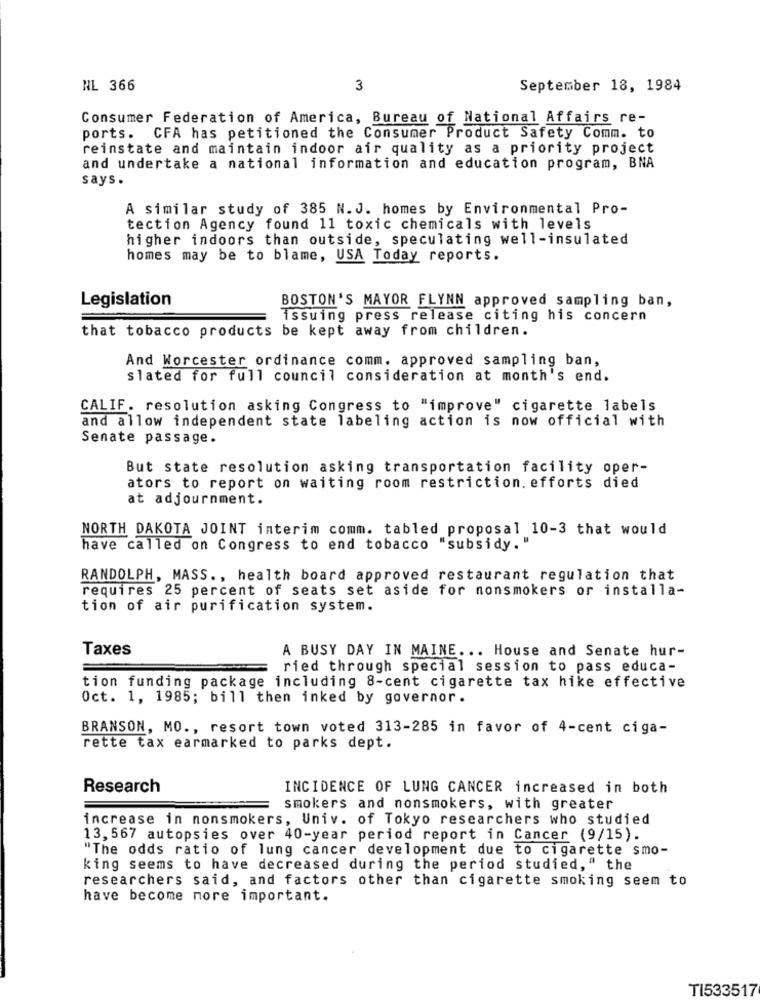
NL 366
3
September 18, 1984
Consumer Federation of America, Bureau of National Affairs re-
ports. CFA has petitioned the Consumer Product Safety Comm. to
reinstate and maintain indoor air quality as a priority project
and undertake a national information and education program, BNA
says.
A similar study of 385 N.J. homes by Environmental Pro-
tection Agency found 11 toxic chemicals with levels
higher indoors than outside, speculating well-insulated
homes may be to blame, USA Today reports.
Legislation
BOSTON'S MAYOR FLYNN approved sampling ban,
issuing press release citing his concern
that tobacco products be kept away from children.
And Worcester ordinance comm. approved sampling ban,
slated for full council consideration at month's end.
CALIF. resolution asking Congress to "improve" cigarette labels
and allow independent state labeling action is now official with
Senate passage.
But state resolution asking transportation facility oper-
ators to report on waiting room restriction. efforts died
at adjournment.
NORTH DAKOTA JOINT interim comm. tabled proposal 10-3 that would
have called on Congress to end tobacco "subsidy."
RANDOLPH, MASS ., health board approved restaurant regulation that
requires 25 percent of seats set aside for nonsmokers or installa-
tion of air purification system.
Taxes
A BUSY DAY IN MAINE ... House and Senate hur-
ried through special session to pass educa-
tion funding package including 8-cent cigarette tax hike effective
Oct. 1, 1985; bill then inked by governor.
BRANSON, MO ., resort town voted 313-285 in favor of 4-cent ciga-
rette tax earmarked to parks dept.
Research
INCIDENCE OF LUNG CANCER increased in both
smokers and nonsmokers, with greater
increase in nonsmokers, Univ. of Tokyo researchers who studied
13, 567 autopsies over 40-year period report in Cancer (9/15).
"The odds ratio of lung cancer development due to cigarette smo-
king seems to have decreased during the period studied," the
researchers said, and factors other than cigarette smoking seem to
have become more important.
TI533517